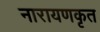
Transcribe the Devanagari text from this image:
नारायणकृत